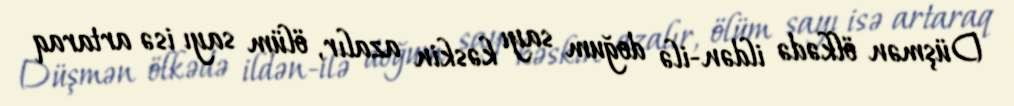
Düşmən ölkədə ildən-ilə doğum sayı kəskin azalır, ölüm sayı isə artaraq